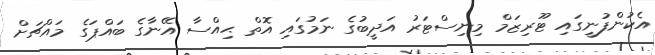
އެކުންފުނީގައި ޓޫރިޒަމް މިނިސްޓަރު އަދީބުގެ ނަމުގައި އޮތް ޙިއްސާ އޭނާގެ ބައްޕަގެ މައްޗަށް